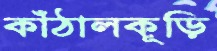
কাঁঠালকূড়ি